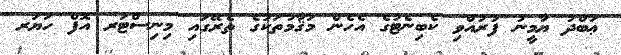
ޢަބްދު ޔާމީނު ފުރުއްވި ކެބިނެޓުގެ އެހެން މަޤާމުތަކުގެ ތެރޭގައި މިނިސްޓަރ އޮފް ހަޔަރ